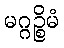
မဂ္ဂဉ္စိမံ